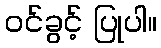
ဝင်ခွင့် ပြုပါ။